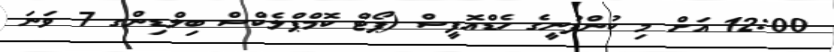
12:00 އަށް މި ކުންފުނީގެ ހެޑްއޮފީސް (ޕޯޓް ކޮމްޕްލެކްސް ބިލްޑިންގ 7 ވަނަ